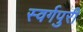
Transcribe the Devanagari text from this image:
स्वर्गपुरी